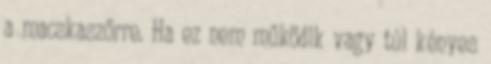
a macskaszőrre. Ha ez nem működik vagy túl kényes